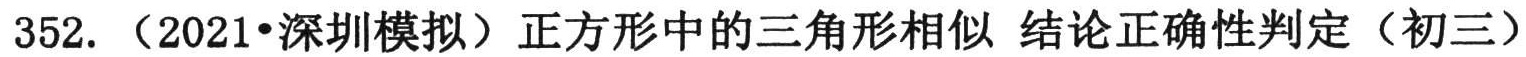
352. （2021•深圳模拟）正方形中的三角形相似 结论正确性判定（初三）